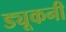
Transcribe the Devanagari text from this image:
ड्यूकनी